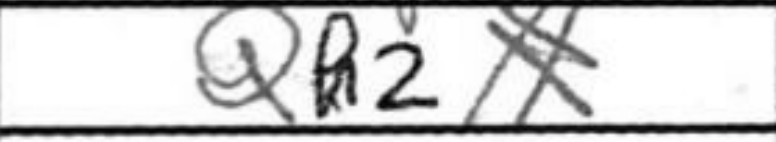
Transcription: QP2#